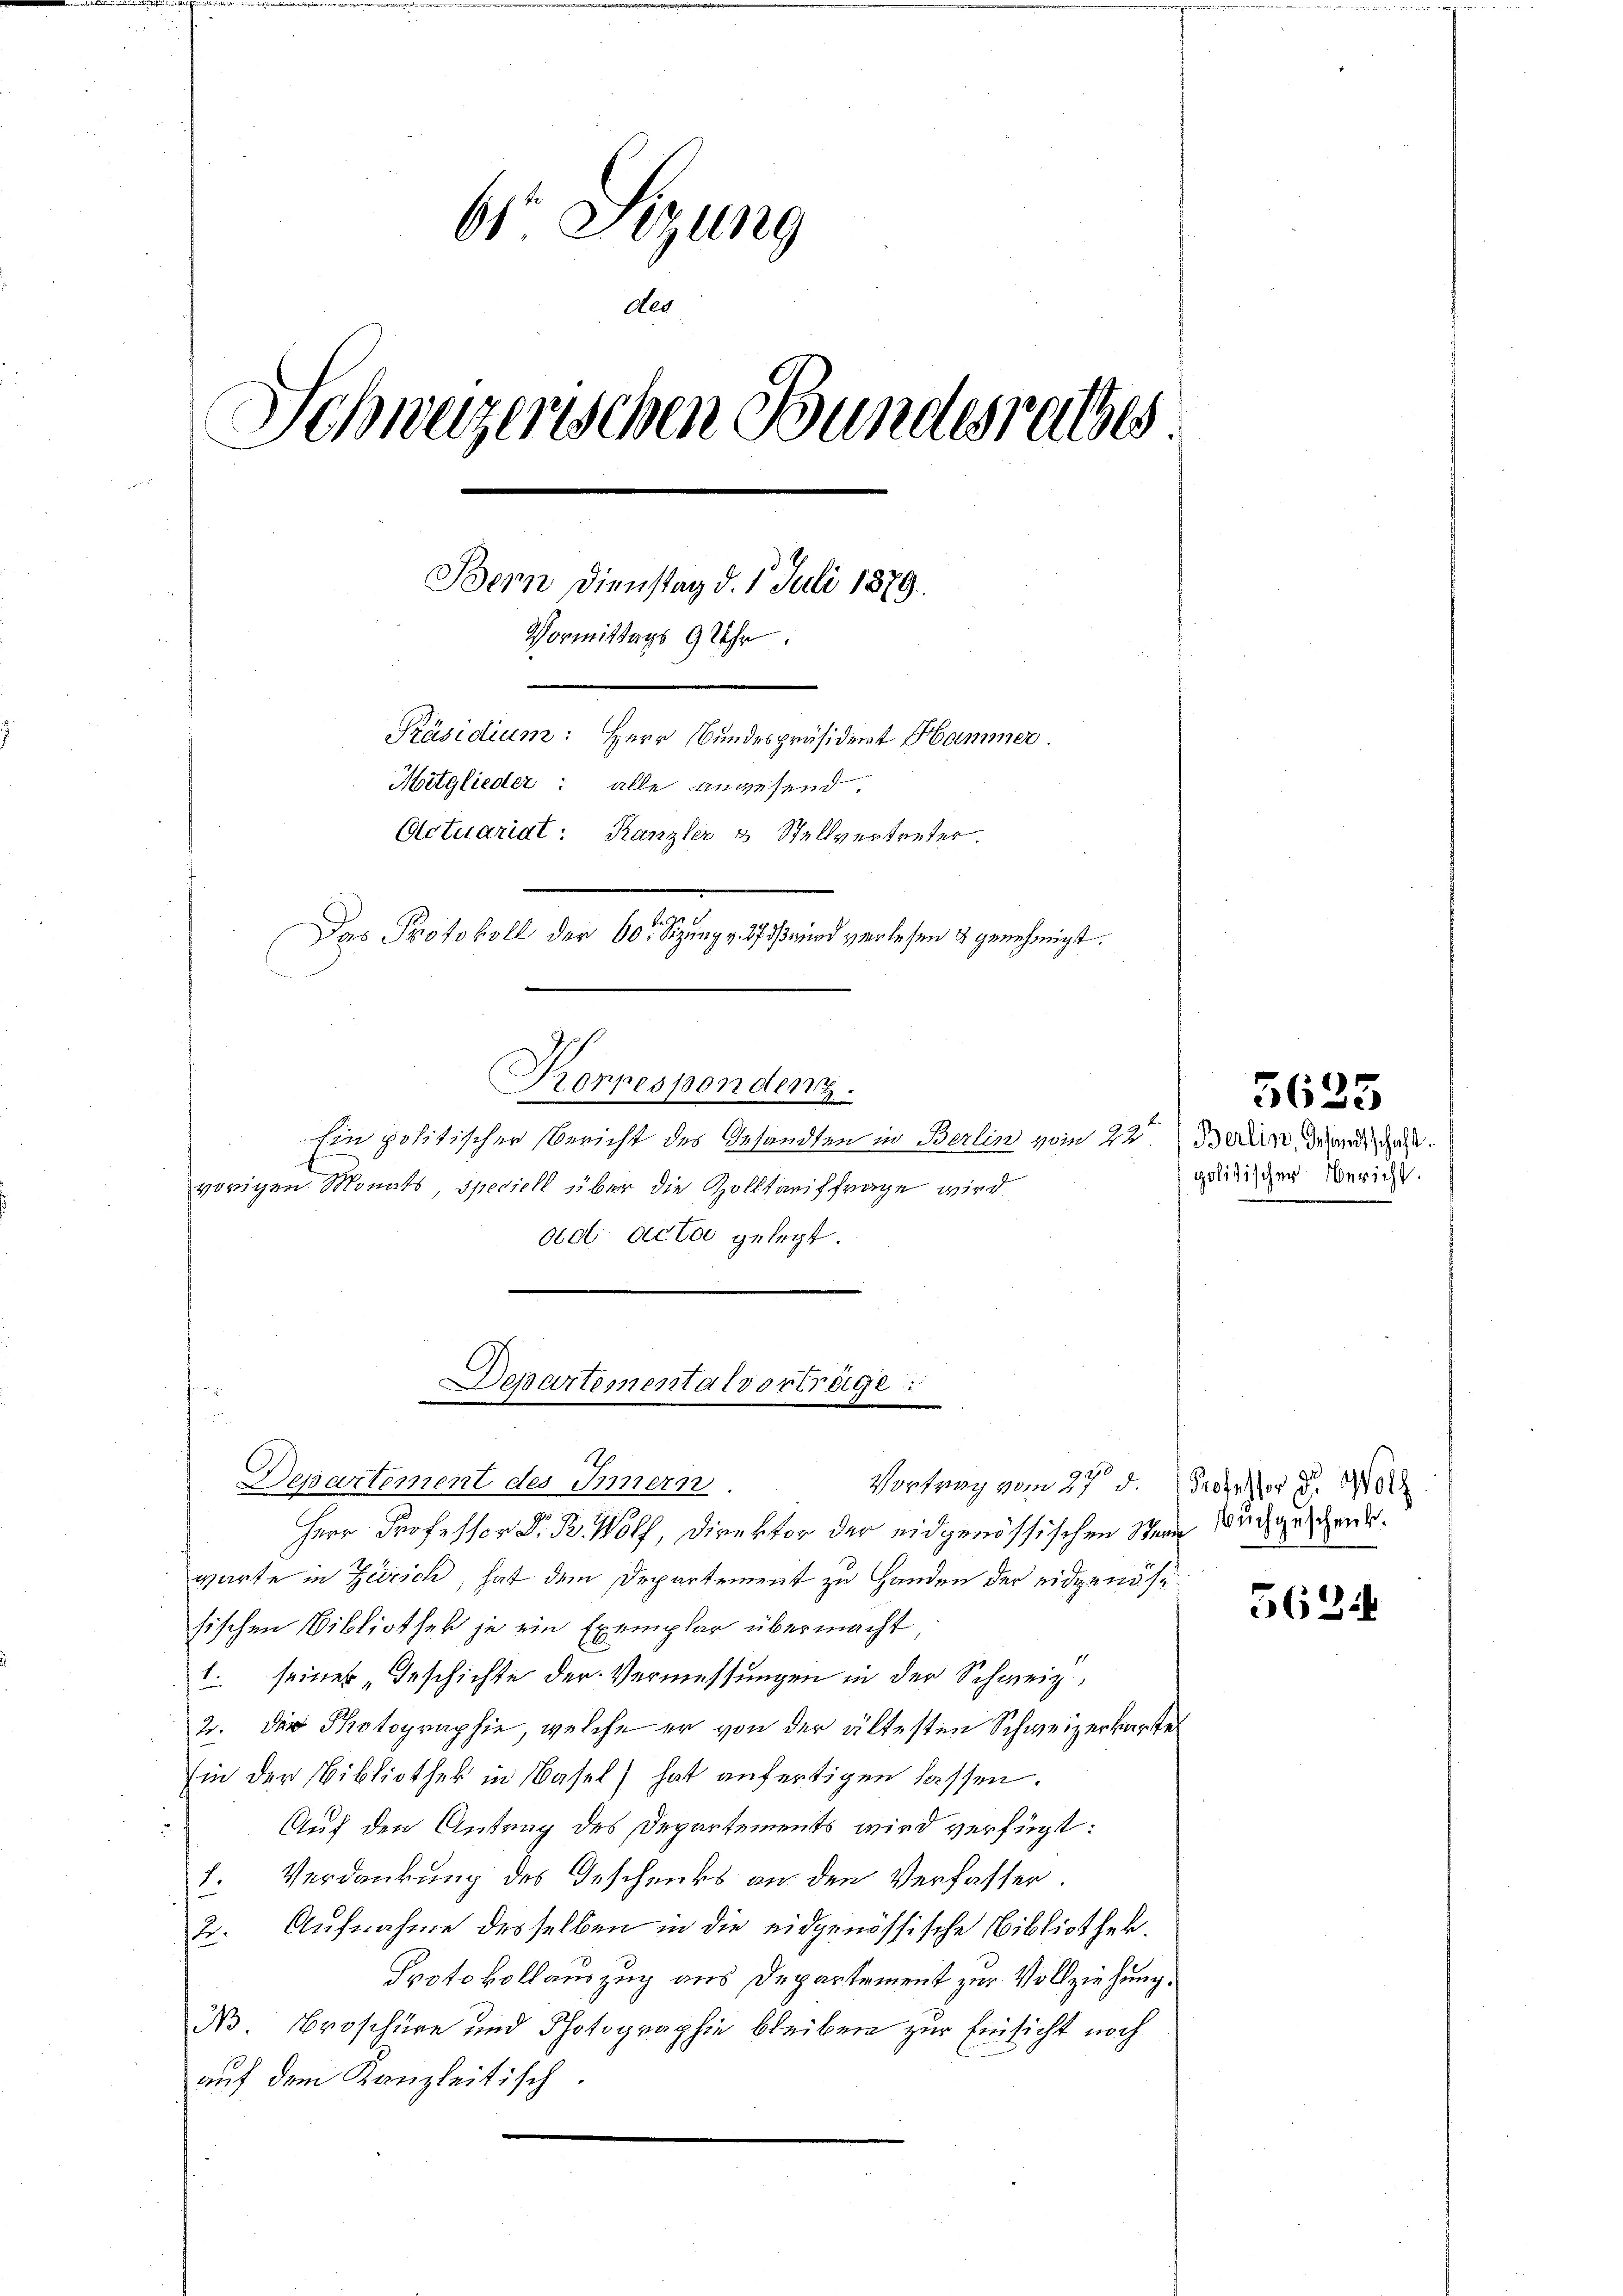
61. Sitzung
de
Schweizerischen Bundesrathes
Bern Dienstag d. 5. Juli 1879.
Vormittags 9 Uhr.
Präsidium: Herr Bundespräsident Hammer
Mitglieder: alle angesend.
Actuariat: Kanzler & Stellvertreter.
Das Protokoll der 60 Sizung v. 275 und verlesen & genehmigt.

Departemental vortrage:

Konpesponden 7.
Ein politischer Bericht des Gesandten in Berlin vom 22
vorigen Monats, speciell über die Zolltariffrage wird
ad. Actor gelegt.

Departement des Innern
Herr Professor Dr. B. Wolf, Direktor der eidgenössischen Stein Mordgeschenk.
warte in Zürich, hat dem Departement zu Handen der eidgend se
sischen Bibliothek je ein Exemplar übermacht
(. seiner Geschichte der Vermessungen in der Schweiz,
2. Der Photographie, welche er von der ältesten Schweizerkarte
Ein der Bibliothek in Basel hat anfertigen lassen.
Auf den Antrag des Departements wird verfügt:
1. Verdankung des Geschenks an den Verfasser.
2. Aufnahme desselben in die eidgenössische Bibliothek-
Protokollauszug aus Departement zur Vollziehung.
Ns. Broschüre und Photographie bleiben zur Einsicht noch
auf dem Kanzleitisch.

Vortrag vom 27. d. Professor d. 289.

Berlin, Gesandtschaft.
politischer Bericht.
.

5625

562